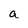
Character: a